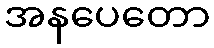
အနပေတော